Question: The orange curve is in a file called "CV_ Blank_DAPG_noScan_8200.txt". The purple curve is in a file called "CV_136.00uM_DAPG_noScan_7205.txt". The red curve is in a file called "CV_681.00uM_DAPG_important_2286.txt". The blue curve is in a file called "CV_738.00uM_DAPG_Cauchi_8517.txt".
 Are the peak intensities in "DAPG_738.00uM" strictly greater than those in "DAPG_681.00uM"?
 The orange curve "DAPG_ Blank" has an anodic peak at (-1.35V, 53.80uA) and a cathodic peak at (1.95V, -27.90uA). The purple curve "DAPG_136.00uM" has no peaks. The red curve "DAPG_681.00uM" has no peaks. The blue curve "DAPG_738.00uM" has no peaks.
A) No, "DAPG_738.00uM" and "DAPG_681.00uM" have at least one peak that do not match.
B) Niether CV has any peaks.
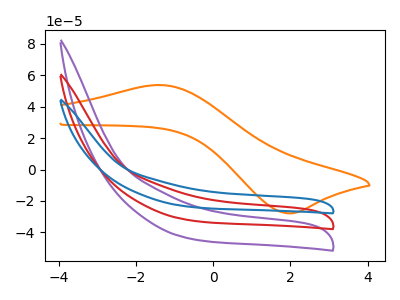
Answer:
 <answer>B) Niether CV has any peaks.</answer>
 <eval>B</eval>